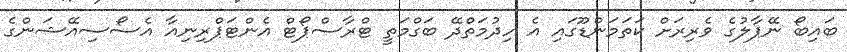
ބައިބޯ ނޭޕާލުގެ ވެރިރަށް ކަތަމަންޑޫގައި އެ ހިދުމަތްދޭ ބަގްމަތީ ޓްރާސްޕޯޓް އެންޓަޕްރިނިއާ އެސޯސިއޭޝަންގެ